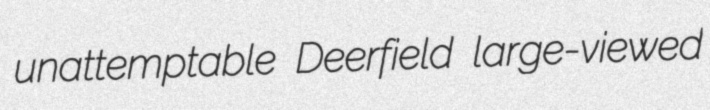
unattemptable Deerfield large-viewed